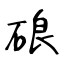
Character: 硠